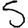
Digit: 5